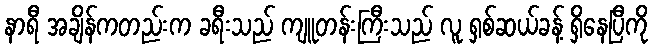
နာရီ အချိန်ကတည်းက ခရီးသည် ကျူတန်းကြီးသည် လူ ရှစ်ဆယ်ခန့် ရှိနေပြီကို